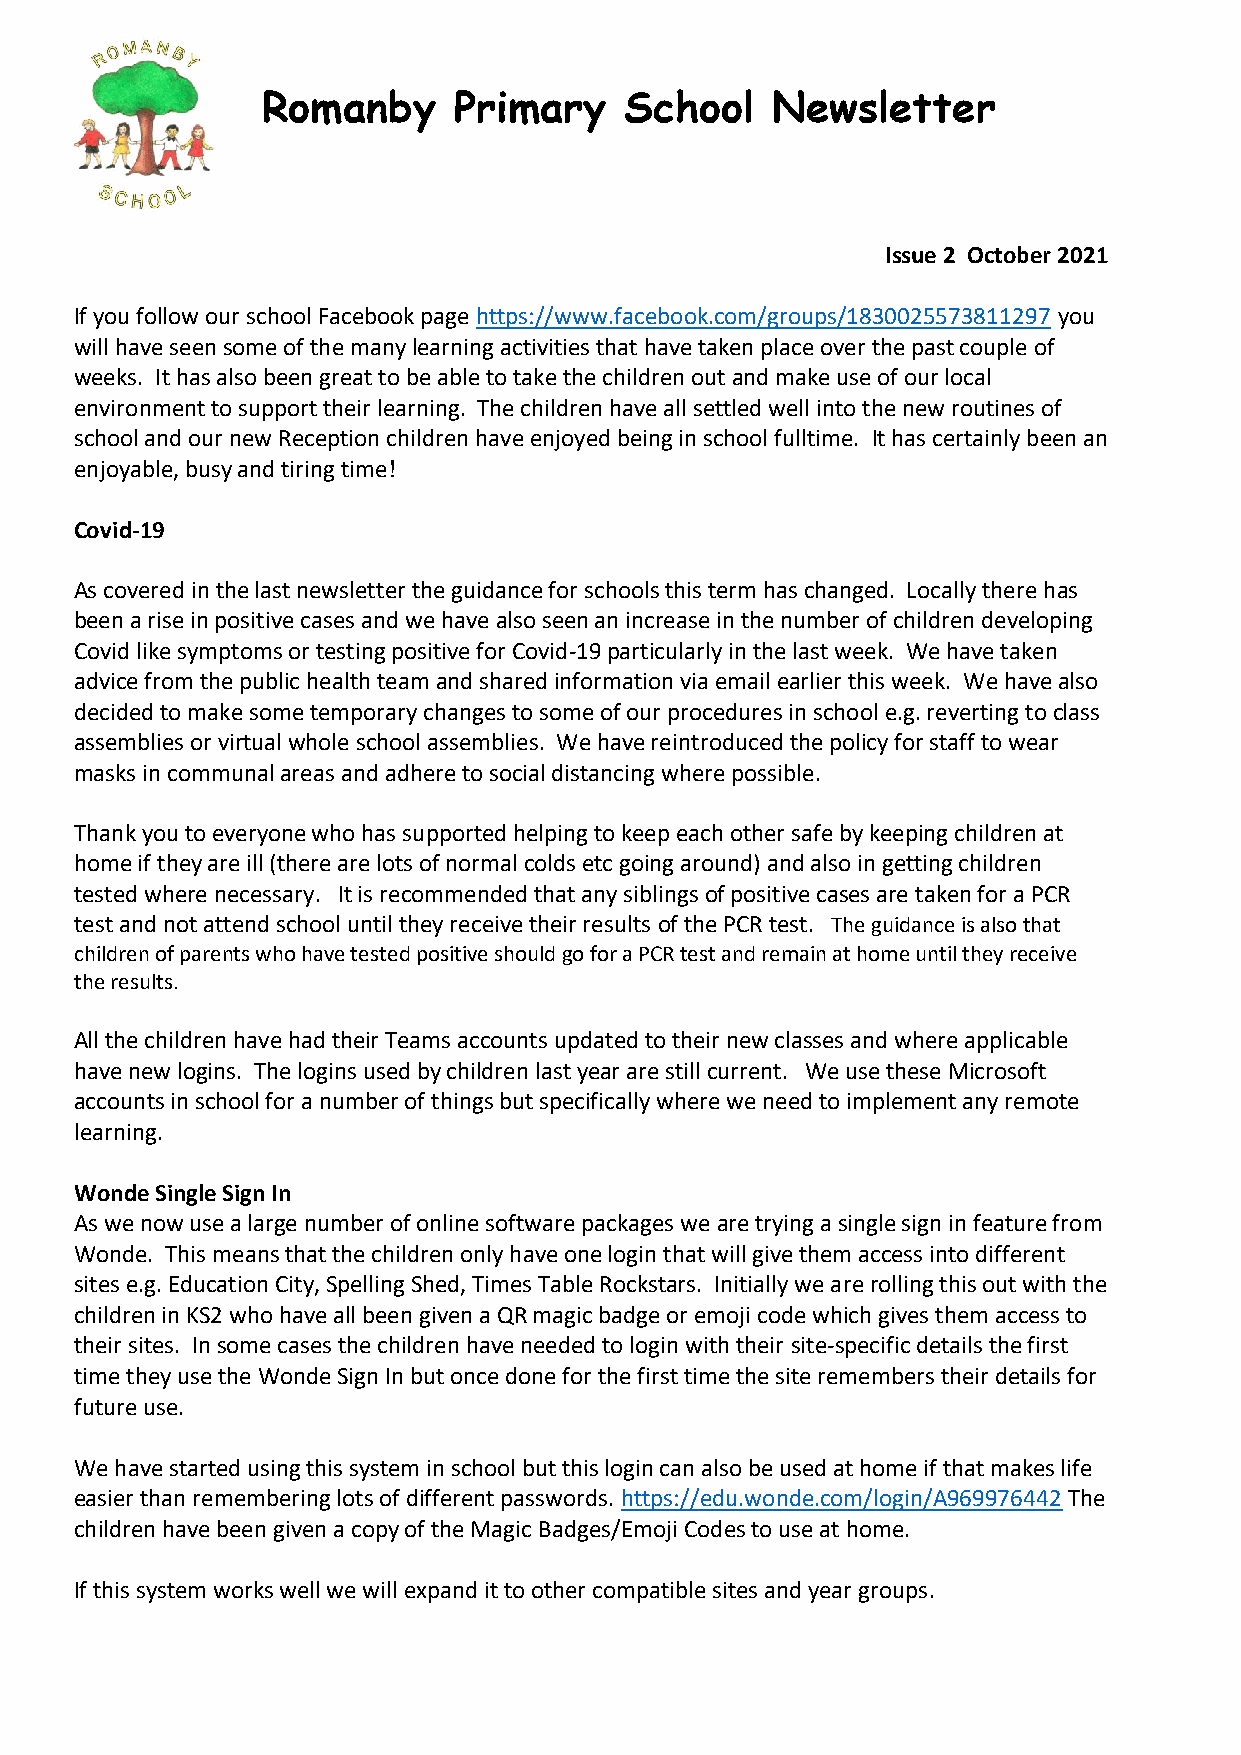
Romanby      Primary    School    Newsletter
 Issue 2 October 2021
 If you follow our school Facebook page https://www.facebook.com/groups/1830025573811297 you
 will have seen some of the many learning activities that have taken place over the past couple of
 weeks. It has also been great to be able to take the children out and make use of our local
 environment to support their learning. The children have all settled well into the new routines of
 school and our new Reception children have enjoyed being in school fulltime. It has certainly been an
 enjoyable, busy and tiring time!
 Covid-19
 As covered in the last newsletter the guidance for schools this term has changed. Locally there has
 been a rise in positive cases and we have also seen an increase in the number of children developing
 Covid like symptoms or testing positive for Covid-19 particularly in the last week. We have taken
 advice from the public health team and shared information via email earlier this week. We have also
 decided to make some temporary changes to some of our procedures in school e.g. reverting to class
 assemblies or virtual whole school assemblies. We have reintroduced the policy for staff to wear
 masks in communal areas and adhere to social distancing where possible.
 Thank you to everyone who has supported helping to keep each other safe by keeping children at
 home if they are ill (there are lots of normal colds etc going around) and also in getting children
 tested where necessary. It is recommended that any siblings of positive cases are taken for a PCR
 test and not attend school until they receive their results of the PCR test. The guidance is also that
 children of parents who have tested positive should go for a PCR test and remain at home until they receive
 the results.
 All the children have had their Teams accounts updated to their new classes and where applicable
 have new logins. The logins used by children last year are still current. We use these Microsoft
 accounts in school for a number of things but specifically where we need to implement any remote
 learning.
 Wonde Single Sign In
 As we now use a large number of online software packages we are trying a single sign in feature from
 Wonde. This means that the children only have one login that will give them access into different
 sites e.g. Education City, Spelling Shed, Times Table Rockstars. Initially we are rolling this out with the
 children in KS2 who have all been given a QR magic badge or emoji code which gives them access to
 their sites. In some cases the children have needed to login with their site-specific details the first
 time they use the Wonde Sign In but once done for the first time the site remembers their details for
 future use.
 We have started using this system in school but this login can also be used at home if that makes life
 easier than remembering lots of different passwords. https://edu.wonde.com/login/A969976442 The
 children have been given a copy of the Magic Badges/Emoji Codes to use at home.
 If this system works well we will expand it to other compatible sites and year groups.